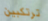
ترتكبين